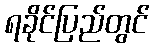
ရခိုင်ပြည်တွင်